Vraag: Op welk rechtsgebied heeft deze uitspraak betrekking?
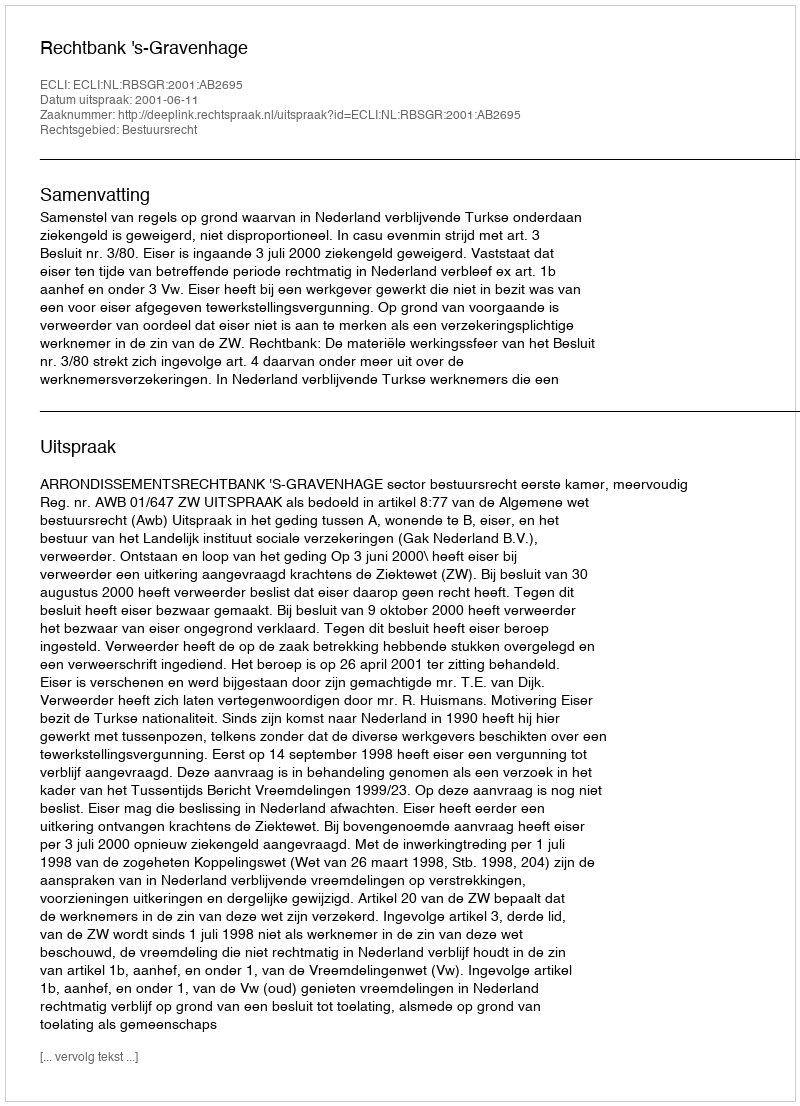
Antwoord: Bestuursrecht